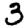
Digit: 3